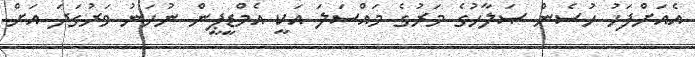
އެއަށްފަހު ހުސެން ޞަލާހުގެ މަރުގެ މައްސަލަ އަކީ އެމްޑީޕީން ނުހަނު ވަރުގަދަ އަށް